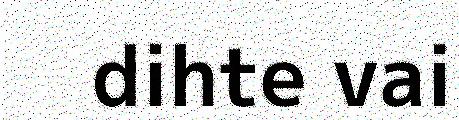
dihte vai